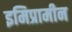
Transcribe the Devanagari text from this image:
इमिप्रामीन